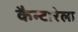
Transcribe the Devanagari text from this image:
कैन्टारेला